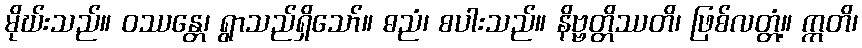
မိုဃ်းသည်။ ဝဿန္တေ၊ ရွာသည်ရှိသော်။ ဓညံ၊ စပါးသည်။ နိဗ္ဗတ္တိဿတိ၊ ဖြစ်လတ္တံ့။ ဣတိ၊